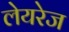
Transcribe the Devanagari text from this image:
लेयरेज